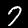
Label: 7